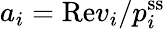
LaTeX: a_{i}=\mathrm{Re}v_{i}/p_{i}^{\mathrm{ss}}